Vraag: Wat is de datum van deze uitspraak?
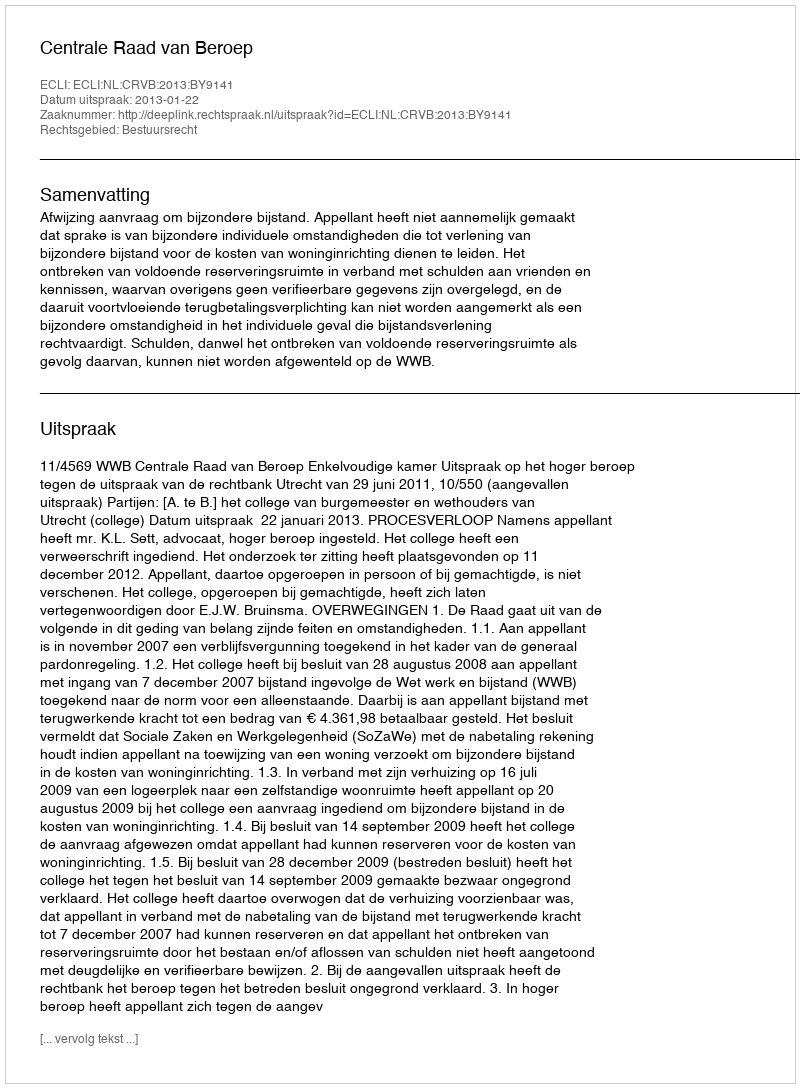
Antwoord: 2013-01-22